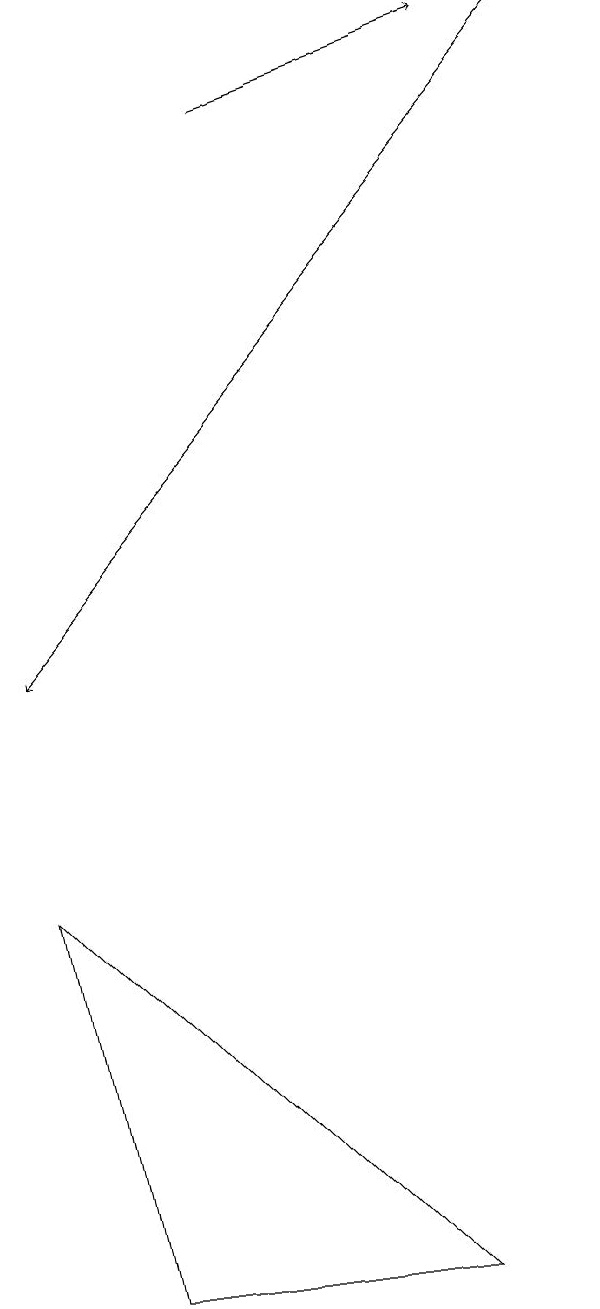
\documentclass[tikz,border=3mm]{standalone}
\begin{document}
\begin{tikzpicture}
\draw (2,3) -- (6,3) -- (1,8) -- cycle;
\draw[->] (8,19) -- (1,11);
\draw[->] (4,18) -- (7,19);
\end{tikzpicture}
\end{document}